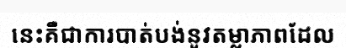
នេះគឺជាការបាត់បង់នូវតម្លាភាពដែល